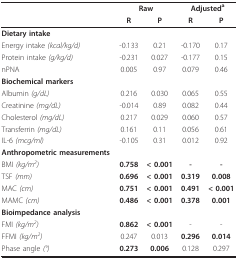
|  | <COLSPAN=2> Raw | <COLSPAN=2> Adjusteda |
 |  | R | P | R | P |
 | --- | --- | --- | --- | --- |
 | Dietary intake |  |  |  |  |
 | Energy intake (kcal/kg/d) | -0.133 | 0.21 | -0.170 | 0.17 |
 | Protein intake (g/kg/d) | -0.231 | 0.027 | -0.177 | 0.15 |
 | nPNA | 0.005 | 0.97 | 0.079 | 0.46 |
 | Biochemical markers |  |  |  |  |
 | Albumin (g/dL) | 0.216 | 0.030 | 0.065 | 0.55 |
 | Creatinine (mg/dL) | -0.014 | 0.89 | 0.082 | 0.44 |
 | Cholesterol (mg/dL) | 0.217 | 0.029 | 0.060 | 0.57 |
 | Transferrin (mg/dL) | 0.161 | 0.11 | 0.056 | 0.61 |
 | IL-6 (mcg/ml) | -0.105 | 0.31 | 0.012 | 0.92 |
 | Anthropometric measurements |  |  |  |  |
 | BMI (kg/m2) | 0.758 | < 0.001 | - | - |
 | TSF (mm) | 0.696 | < 0.001 | 0.319 | 0.008 |
 | MAC (cm) | 0.751 | < 0.001 | 0.491 | < 0.001 |
 | MAMC (cm) | 0.486 | < 0.001 | 0.378 | 0.001 |
 | Bioimpedance analysis |  |  |  |  |
 | FMI (kg/m2) | 0.862 | < 0.001 | - | - |
 | FFMI (kg/m2) | 0.247 | 0.013 | 0.296 | 0.014 |
 | Phase angle (°) | 0.273 | 0.006 | 0.128 | 0.297 |